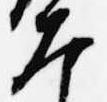
大